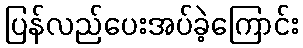
ပြန်လည်ပေးအပ်ခဲ့ကြောင်း